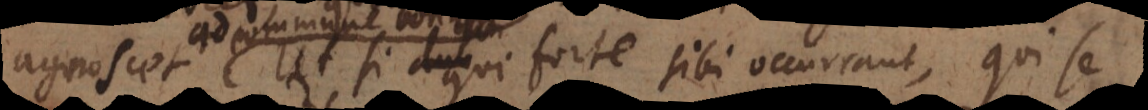
bonum. Ut si qui forte sibi occurrant, qui se